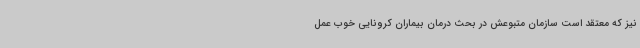
نیز که معتقد است سازمان متبوعش در بحث درمان بیماران کرونایی خوب عمل